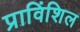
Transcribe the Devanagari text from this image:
प्राविंशिल